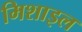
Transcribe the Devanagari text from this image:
मिशाइल